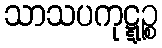
သာသပကုဋ္ဋဉ္စ